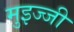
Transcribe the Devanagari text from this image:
मुइज्जी